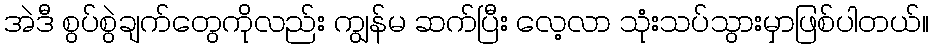
အဲဒီ စွပ်စွဲချက်တွေကိုလည်း ကျွန်မ ဆက်ပြီး လေ့လာ သုံးသပ်သွားမှာဖြစ်ပါတယ်။